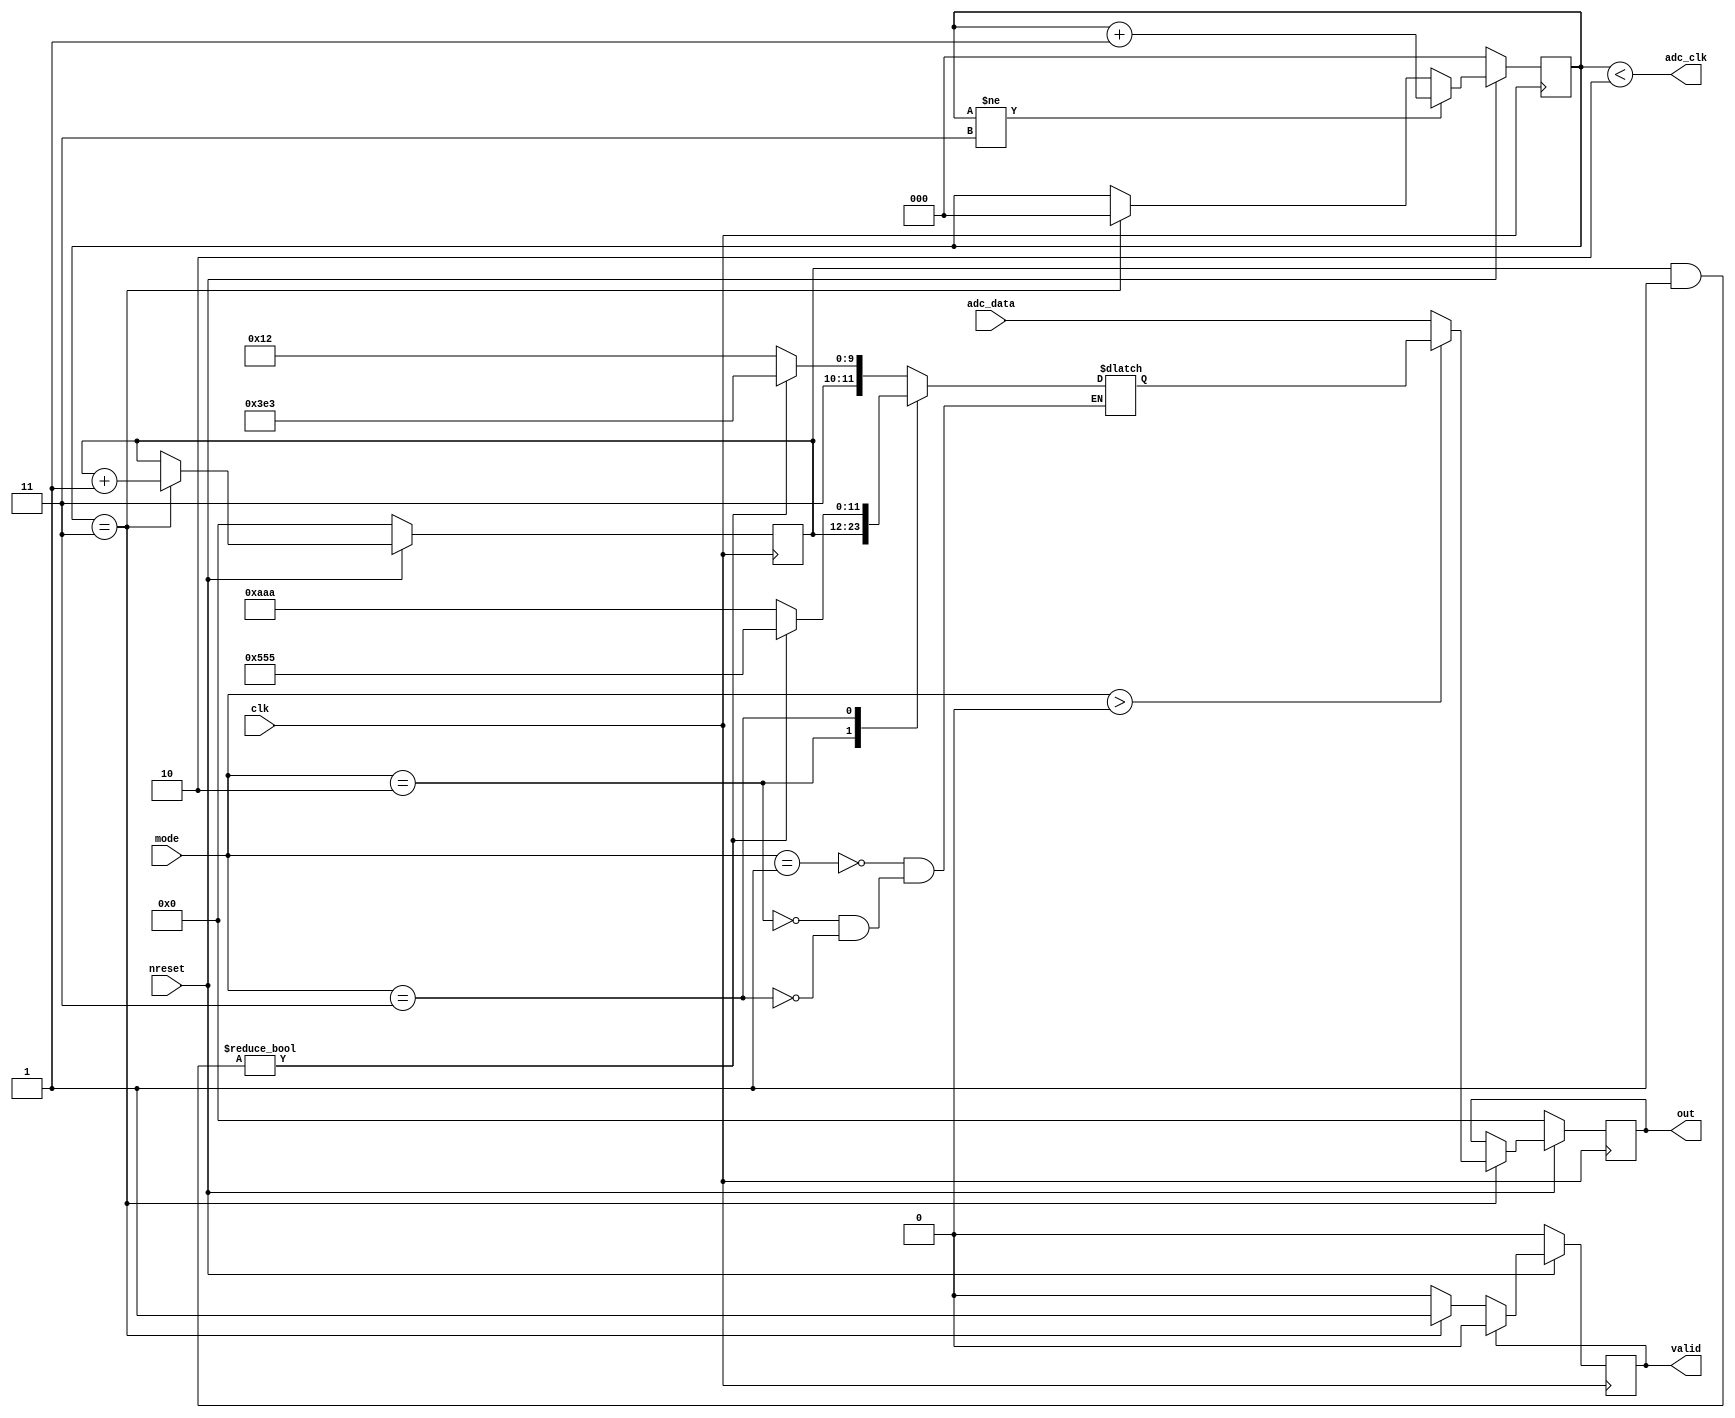
module adc #(
		parameter DIV = 4,
		parameter BITS = 12
	) (
		input wire nreset,
		input wire clk,

		input wire[1:0] mode,

		// ADC interface
		input wire[BITS - 1:0] adc_data,
		output wire adc_clk,
		// Output
		output reg[BITS - 1:0] out = 0,
		output reg valid = 0
	);

	reg[BITS - 1:0] patcnt = 0;
	reg[$clog2(DIV):0] cnt = 0;

	assign adc_clk = cnt < DIV / 2;

	reg[BITS - 1:0] patout;

	always @(patcnt) begin
		case (mode)
		1: patout = patcnt & 1'b1 ? 12'hfe3 : 12'hc12;
		2: patout = patcnt;
		3: patout = patcnt & 1'b1 ? 12'h555 : 12'haaa;
		endcase
	end

	always @(posedge clk) begin
		if (!nreset) begin
			out <= 0;
			valid <= 0;
			cnt <= 0;
			patcnt <= 0;
		end else begin
			if (cnt == DIV - 1) begin
				out <= mode > 0 ? patout : adc_data;
				patcnt <= patcnt + 1;
				valid <= 1;
				cnt <= 0;
			end
			if (cnt != DIV - 1) begin
				cnt <= cnt + 1;
			end
			if (valid) begin
				valid <= 0;
			end
		end
	end

endmodule